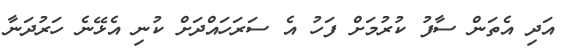
އަދި އެތަން ސާފު ކުރުމަށް ފަހު އެ ސަރަހައްދަށް ކުނި އެޅޭނެ ހަރުދަނާ